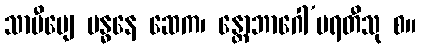
သာမီပျေ ဗန္ဓနေ ဆေက၊ န္တောဘာဂေါ’ပရတီသု စ။